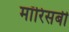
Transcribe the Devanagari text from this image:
मॉरिसबी